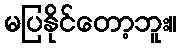
မပြနိုင်တော့ဘူး။